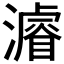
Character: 𤀹